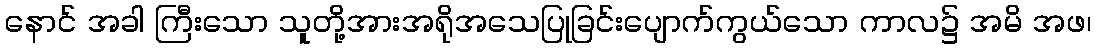
နောင် အခါ ကြီးသော သူတို့အားအရိုအသေပြုခြင်းပျောက်ကွယ်သော ကာလ၌ အမိ အဖ၊